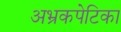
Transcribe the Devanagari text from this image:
अभ्रकपेटिका